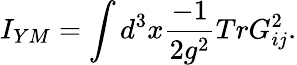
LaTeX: I_{YM}=\int d^{3}x\frac{-1}{2g^{2}}TrG_{ij}^{2}.